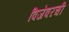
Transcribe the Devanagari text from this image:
विजेवरची